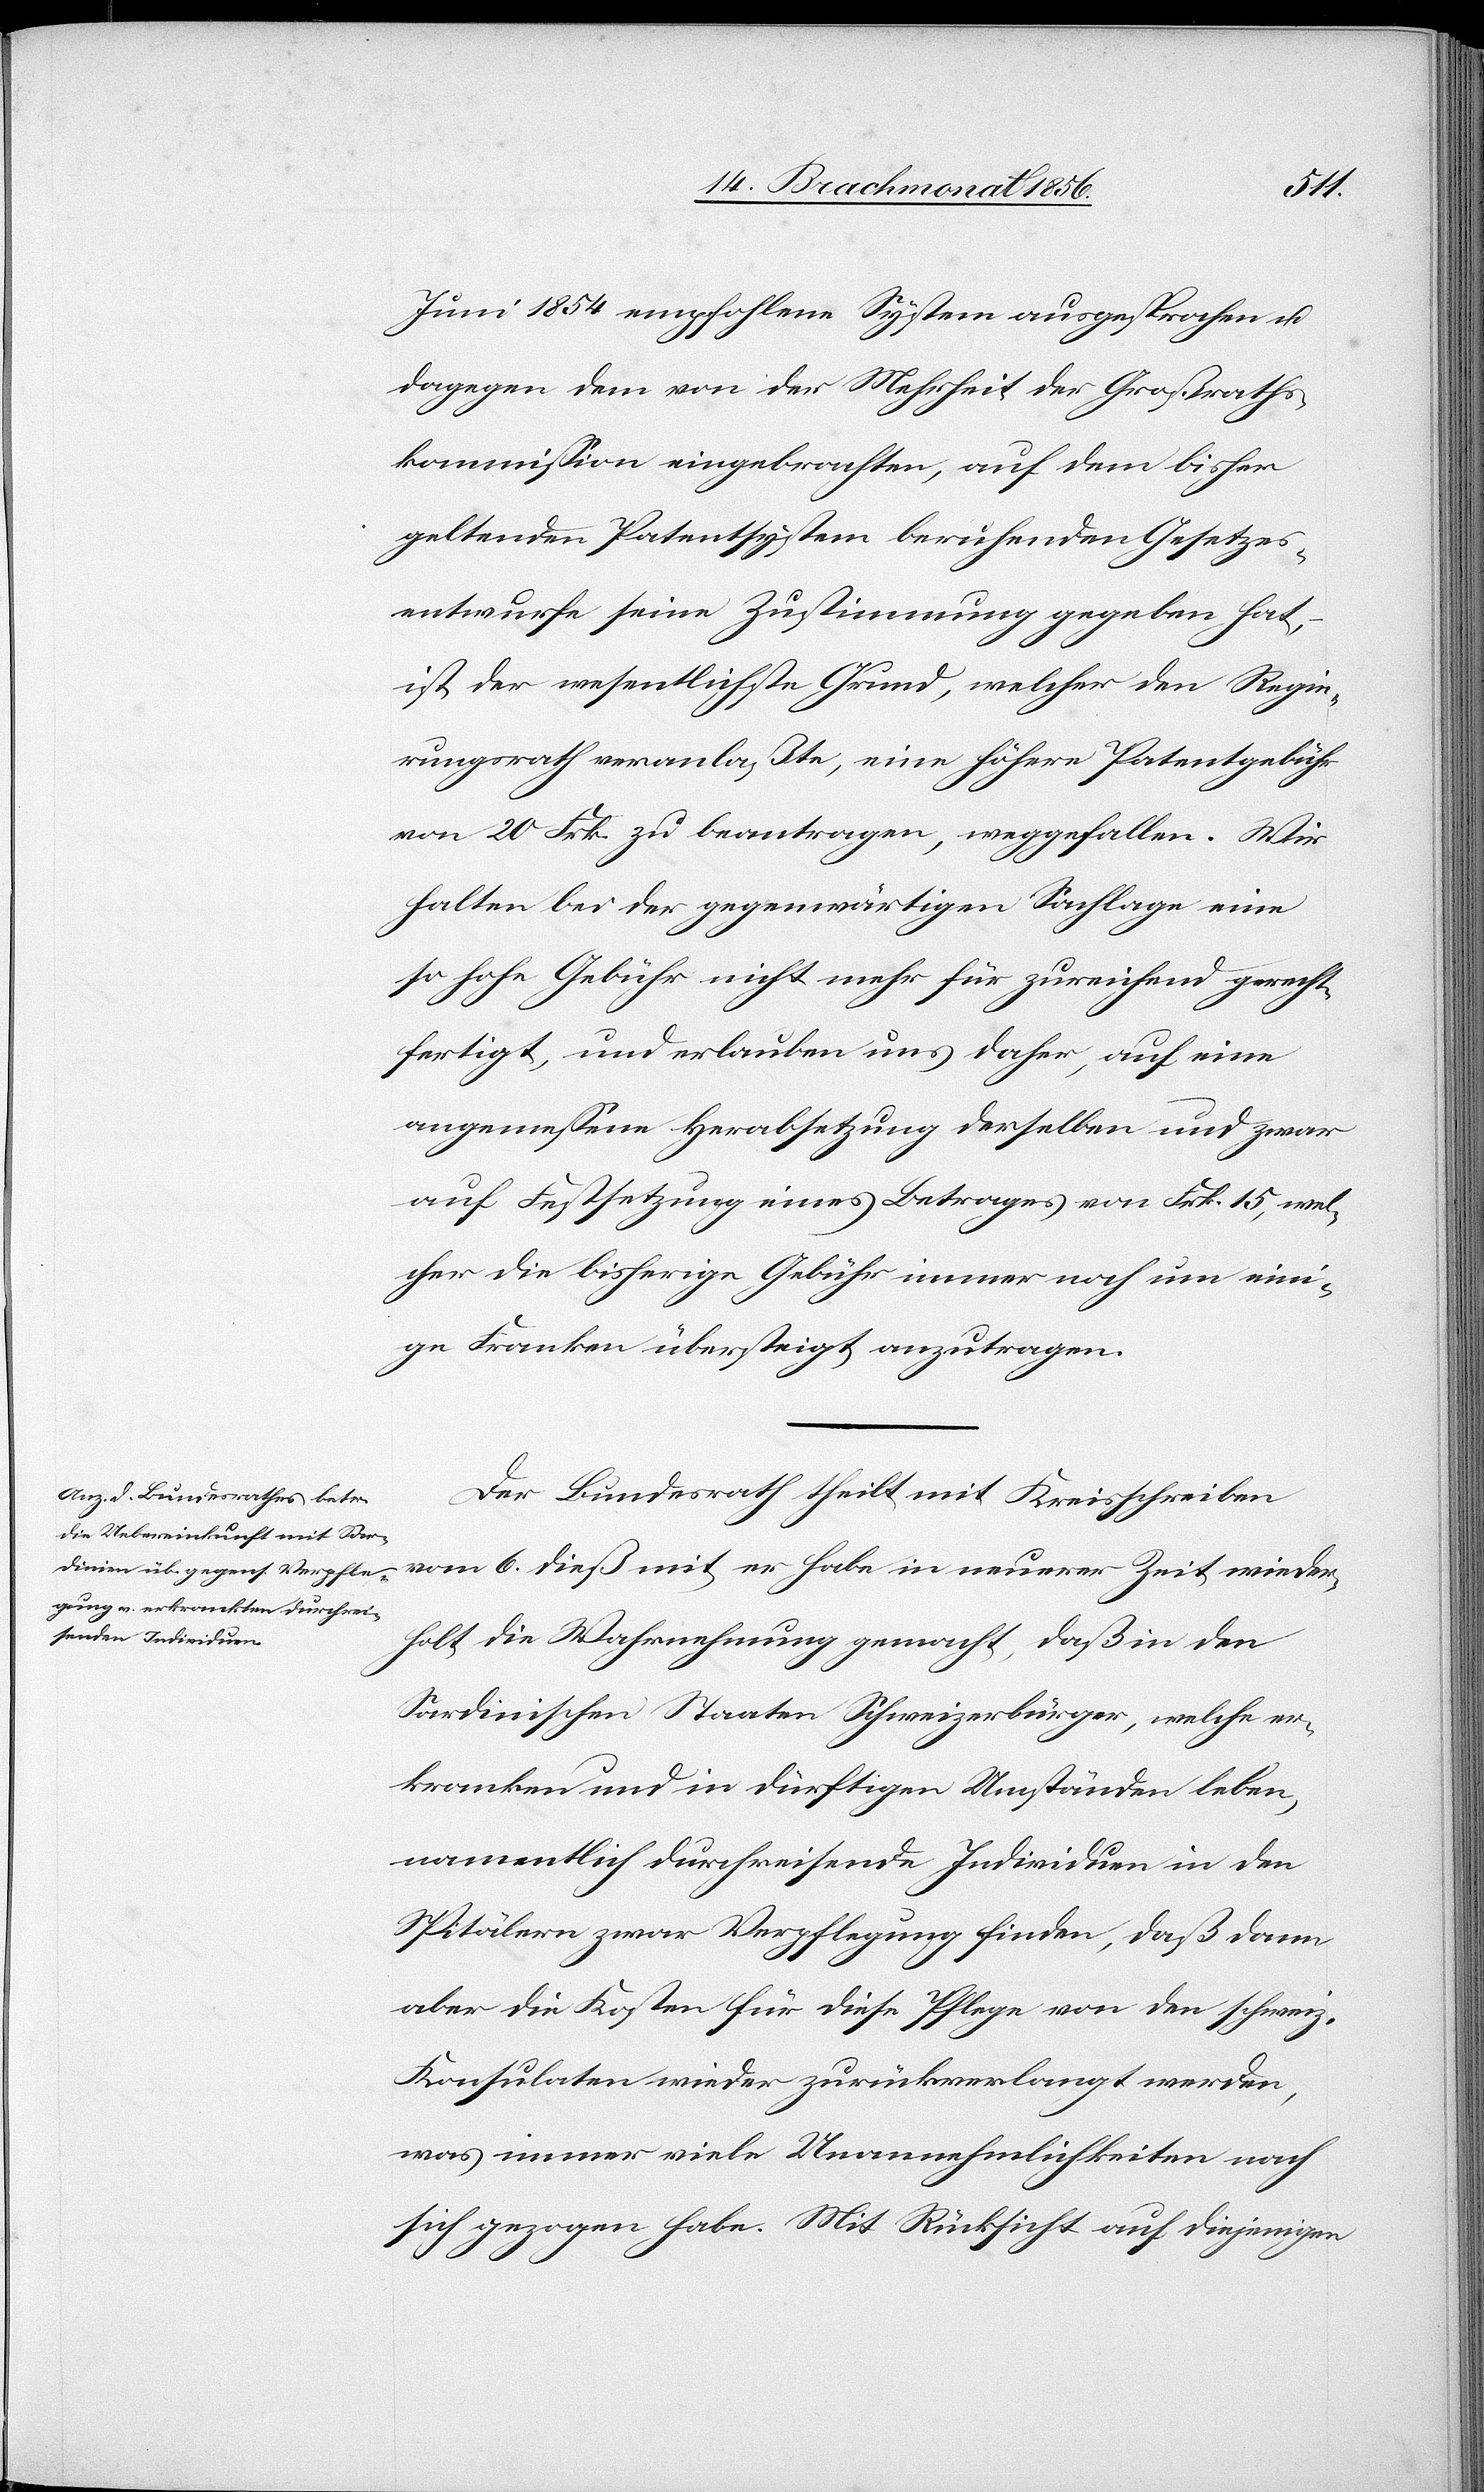
Juni 1854 empfohlene System ausgesprochen u.
dagegen dem von der Mehrheit der Großraths¬
kommission eingebrachten, auf dem bisher
geltenden Patentsystem beruhenden Gesetzes¬
entwurfe seine Zustimmung gegeben hat,
ist der wesentlichste Grund, welcher den Regie¬
rungsrath veranlaßte, eine höhere Patengebühr
von 20 Frk. zu beantragen, weggefallen. Wir
halten bei der gegenwärtigen Sachlage eine
so hohe Gebühr nicht mehr für zureichend gerecht¬
fertigt, und erlauben uns daher, auf eine
angemessene Herabsetzung derselben und zwar
auf Festsetzung eines Betrages von Frk. 15, wel¬
cher die bisherige Gebühr immer noch um eini¬
ge Franken übersteigt, anzutragen.
Der Bundesrath theilt mit Kreisschreiben
vom 6. dieß mit, er habe in neuerer Zeit wieder¬
holt die Wahrnehmung gemacht, daß in den
Sardinischen Staaten Schweizerbürger, welche er¬
kranken und in dürftigen Umständen leben,
namentlich durchreisende Individuen in den
Spitälern zwar Verpflegung finden, daß dann
aber die Kosten für diese Pflege von den schweiz.
Konsulaten wieder zurückverlangt werden,
was immer viele Unannehmlichkeiten nach
sich gezogen habe. Mit Rücksicht auf diejenigen